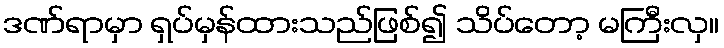
ဒဏ်ရာမှာ ရှပ်မှန်ထားသည်ဖြစ်၍ သိပ်တော့ မကြီးလှ။